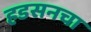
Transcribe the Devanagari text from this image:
हडसनचा